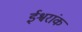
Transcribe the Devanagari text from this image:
ईश्वरांक